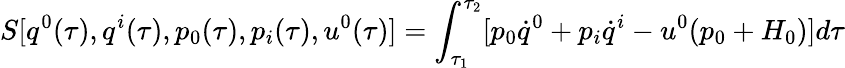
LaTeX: S[q^{0}(\tau),q^{i}(\tau),p_{0}(\tau),p_{i}(\tau),u^{0}(\tau)]=\int_{\tau_{1}}^{\tau_{2}}[p_{0}\dot{q}^{0}+p_{i}\dot{q}^{i}-u^{0}(p_{0}+H_{0})]d\tau